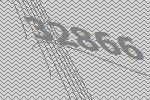
32866